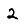
Digit: 2